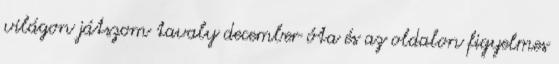
világon játszom tavaly december óta és az oldalon figyelmes